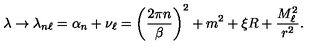
\lambda \rightarrow \lambda _ { n \ell } = \alpha _ { n } + \nu _ { \ell } = \left( \frac { 2 \pi n } { \beta } \right) ^ { 2 } + m ^ { 2 } + \xi R + \frac { M _ { \ell } ^ { 2 } } { r ^ { 2 } } .